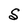
Character: S